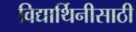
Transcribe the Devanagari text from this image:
विद्यार्थिनीसाठी